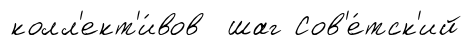
колл'ект'и́вов шаг Сов'е́тск'ий